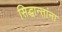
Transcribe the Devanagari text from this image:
सिद्धान्तांना